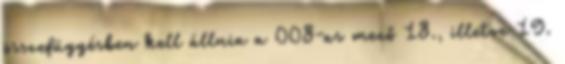
összefüggésben kell állnia a 008-as mező 18., illetve 19.